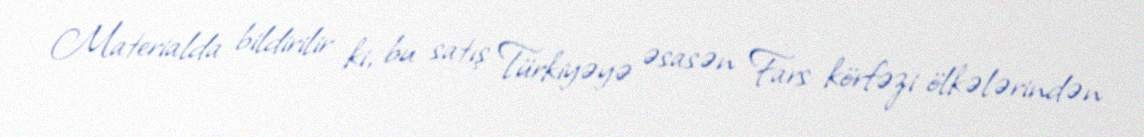
Materialda bildirilir ki, bu satış Türkiyəyə əsasən Fars körfəzi ölkələrindən